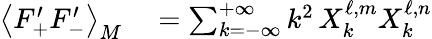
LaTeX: \begin{array}{rl}{\left\langle F_{+}^{\prime}F_{-}^{\prime}\right\rangle_{M}}&{{}=\sum_{k=-\infty}^{+\infty}k^{2}\, X_{k}^{\ell,m}X_{k}^{\ell,n}}\end{array}